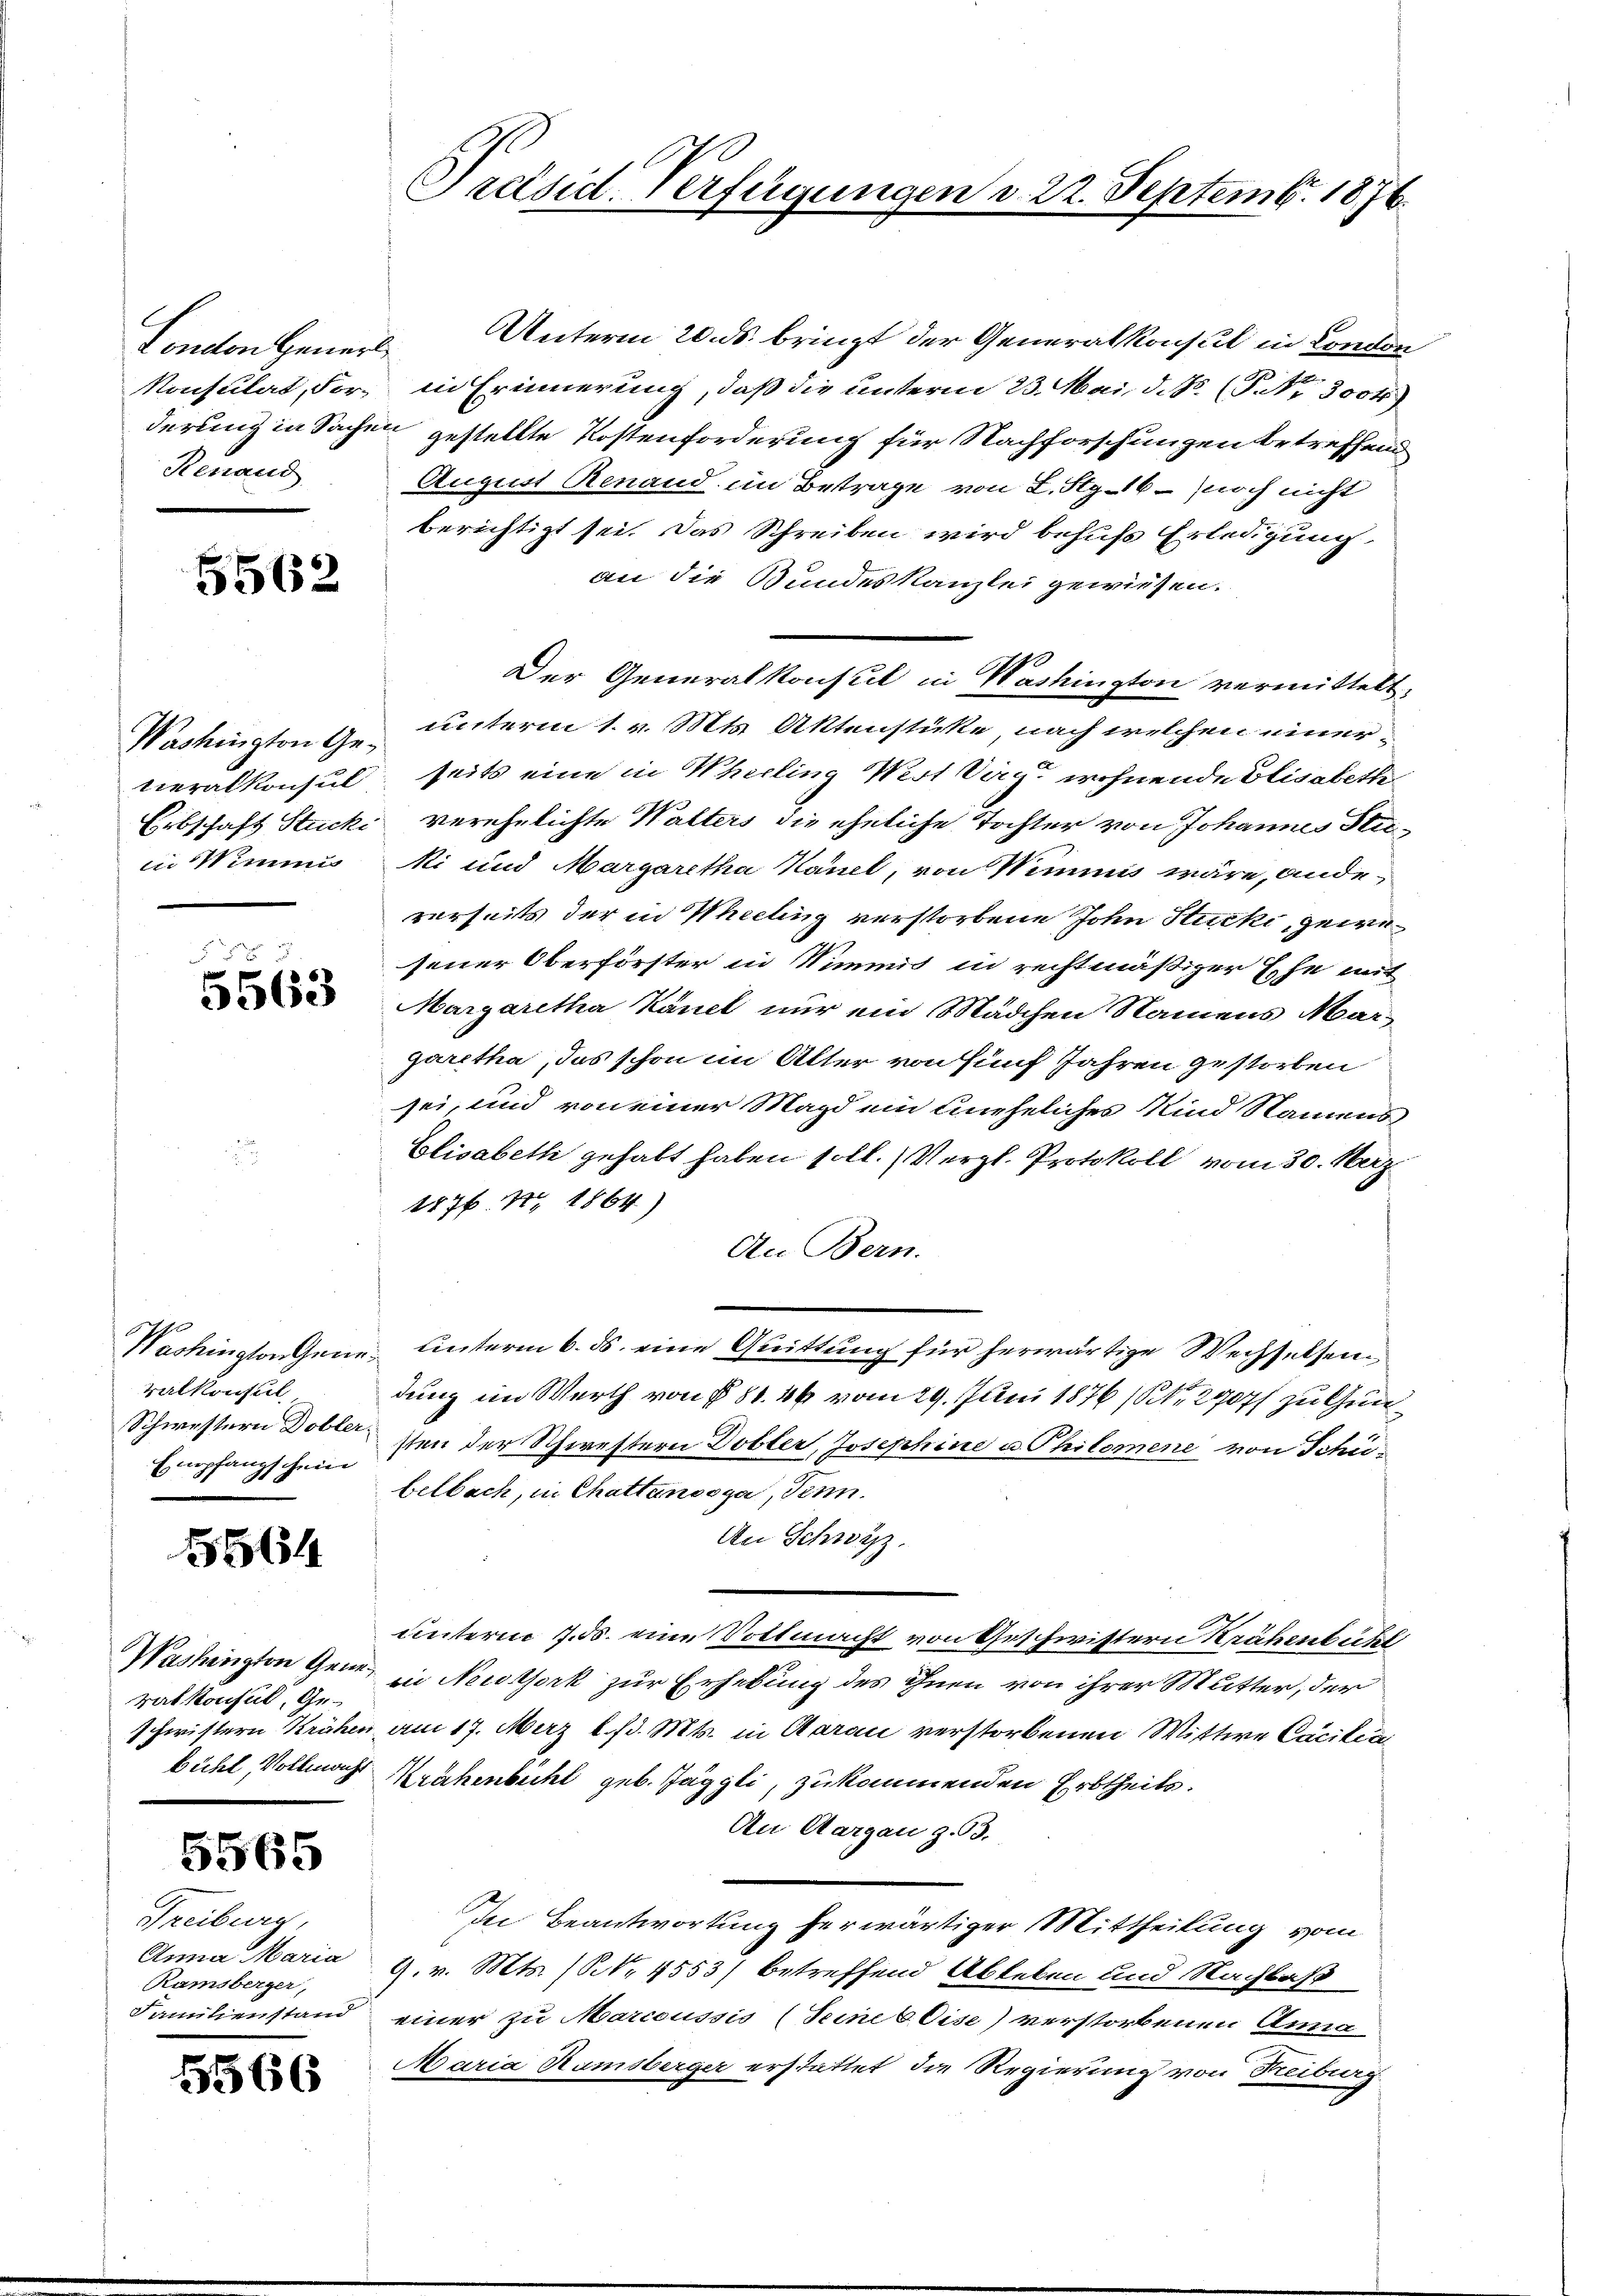
Renaud

5562

in Wimmis

.
5563

Talkonsul,
Empfangschein

5564

rat Konsul, Ge¬

5565

Freiburg,
Anna Maria
Ramsberger,

5566

Ponton Gener Unterm 20. ds. bringt der Generalkonsul in Condon
Konsulat, For, in Erinnerung, daß die unterm 23. Mai d. Js. (T. No. 3004)
derung in Sachen gestellte Kostenforderung für Nachforschungen betreffend
August Renand im Betrage von L. Stg.16 - noch nicht
berichtigt sei. Das Schreiben wird behufs Erledigung
an die Bundeskanzlei gewiesen.
Der Generalkonsul in Washington vermittelt,
Washington & unterm 1. v. Mts. Aktenstücke, nach welchen einervieralkonsul, seits eine in Wheeling Wert Tag wohnende Elisabette
Erbschaft Stucki verehelichte Walters die eheliche Tochter von Johannes Stiki und Margaretha Känel, von Wimmnis wäre, andeverseits der in Khelling verstorbene John Stucki, zeire
jener Oberförster in Nimmis in rechtmäßiger Ehe mit
Margaretha Känel nur ein Mädchen Namens Margaretha, das schon im Alter von fünf Jahren gestorben
sei, und von einer Magd ein uneheliches Kind Namens
Elisabeth gehabt haben soll. Vergl. Protokoll vom 30. März
1876 S. 1864)
An Bern.
Washington gene Unterm 6. ds. eine Quittung für herwärtige Wechselsendung im Werth von § 81. 46 vom 29. Juni 1876 (Nr. 2907 zu Gun
Schwestern Dollasten der Schwestern Dobler, Josephine u. Philomene von Schübelbach, in Chattanosga, denn
An Schwyz.
unterm 7. ds. eine Vottmacht von Geschwistern Krähenbühl
Washington Gemein Newtork zur Erhebung des ihnen von ihrer Mutter, der
schwistern Krähen am 17. März l. d. Mts. in Aarau verstorbenen Wittwe Cacilia
bühl, Vollmacht Krähenbichl geb. Jäggli, zukommenden Erbtheils.
An Aargau z.93.
In Beantwortung herwärtiger Mittheilung vom
9. v. Mts. (N. 4553) betreffend Ableben und Nachbaß
Familienstand einer zu Marcoussis (Seine 6 Eise) verstorbenen Anna
Maria Ramsberger erstattet die Regierung von Freiberg-

Präsid. Verfügungen d. 22. Septemb. 1876.